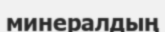
минералдың